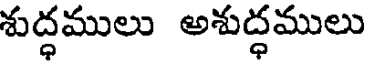
శుద్ధములు అశుద్ధములు